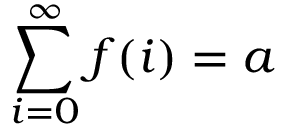
\sum _ { i = 0 } ^ { \infty } f ( i ) = a